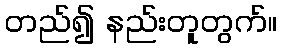
တည်၍ နည်းတူတွက်။